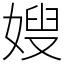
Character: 嫂